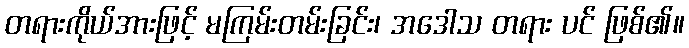
တရားကိုယ်အားဖြင့် မကြမ်းတမ်းခြင်း၊ အဒေါသ တရား ပင် ဖြစ်၏။